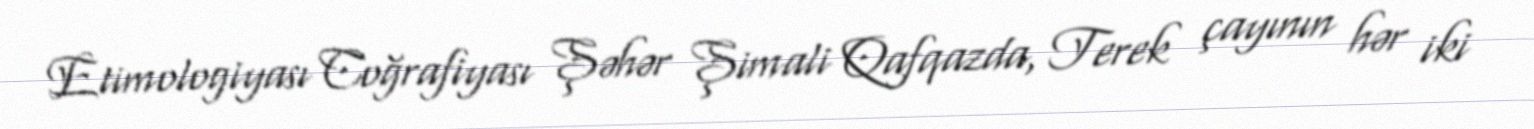
Etimologiyası Coğrafiyası Şəhər Şimali Qafqazda, Terek çayının hər iki